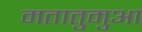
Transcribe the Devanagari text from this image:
मतातुमुआ